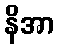
နိအာ